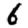
Digit: 6